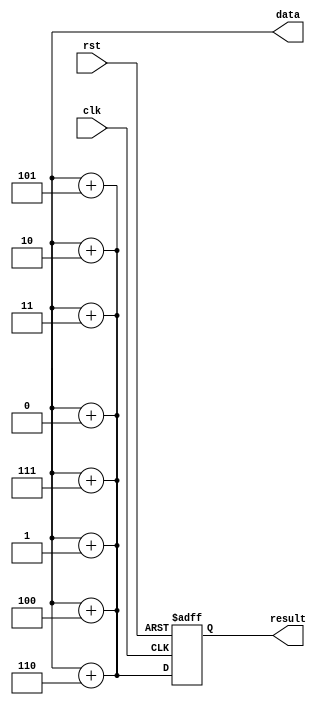
module Generate_For_Each (
    input wire clk,
    input wire rst,
    output reg [7:0] data,
    output reg [7:0] result
);

reg [7:0] temp;

// Generate multiple instances of the same code using a loop
generate
    genvar i;
    for (i = 0; i < 8; i = i + 1) begin : gen_loop
        assign temp = data + i;
    end
endgenerate

// Use the generated instances
always @(posedge clk or posedge rst) begin
    if (rst) begin
        result <= 8'b0;
    end else begin
        result <= temp;
    end
end

endmodule